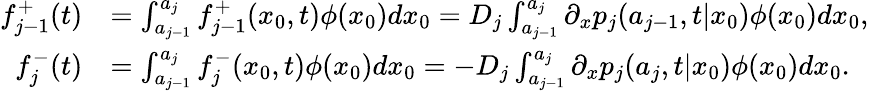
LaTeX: \begin{array}{rl}{f_{j-1}^{+}(t)}&{=\int_{a_{j-1}}^{a_{j}}f_{j-1}^{+}(x_{0},t)\phi(x_{0})dx_{0}=D_{j}\int_{a_{j-1}}^{a_{j}}\partial_{x}p_{j}(a_{j-1},t|x_{0})\phi(x_{0})dx_{0},}\\ {f_{j}^{-}(t)}&{=\int_{a_{j-1}}^{a_{j}}f_{j}^{-}(x_{0},t)\phi(x_{0})dx_{0}=-D_{j}\int_{a_{j-1}}^{a_{j}}\partial_{x}p_{j}(a_{j},t|x_{0})\phi(x_{0})dx_{0}.}\end{array}